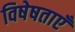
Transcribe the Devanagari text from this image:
विषेषताएँ